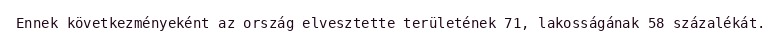
Ennek következményeként az ország elvesztette területének 71, lakosságának 58 százalékát.